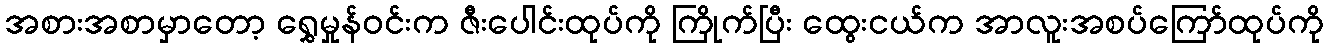
အစားအစာမှာတော့ ရွှေမှုန်ဝင်းက ဇီးပေါင်းထုပ်ကို ကြိုက်ပြီး ထွေးငယ်က အာလူးအစပ်ကြော်ထုပ်ကို